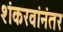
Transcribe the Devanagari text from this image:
शंकरवांनंतर